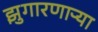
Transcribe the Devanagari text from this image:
झुगारणाऱ्या